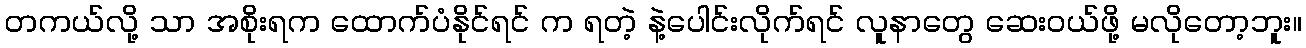
တကယ်လို့ သာ အစိုးရက ထောက်ပံနိုင်ရင် က ရတဲ့ နဲ့ပေါင်းလိုက်ရင် လူနာတွေ ဆေးဝယ်ဖို့ မလိုတော့ဘူး။